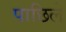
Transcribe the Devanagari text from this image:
पाछिले